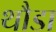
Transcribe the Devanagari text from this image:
थौडा